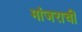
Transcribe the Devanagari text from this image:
मांजराची